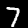
Label: 7